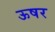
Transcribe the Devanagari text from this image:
ऊषर